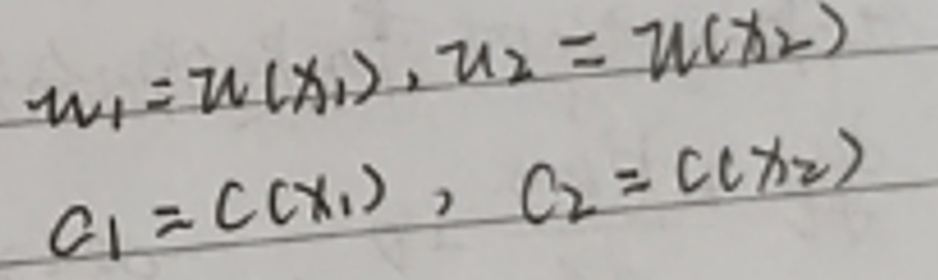
\[
\begin{align*}
u_1&=u(x_1),u_2 = u(x_2)\\
c_1&=c(x_1),c_2 = c(x_2)
\end{align*}
\]